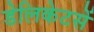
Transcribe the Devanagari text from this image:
डेलिकेटसें